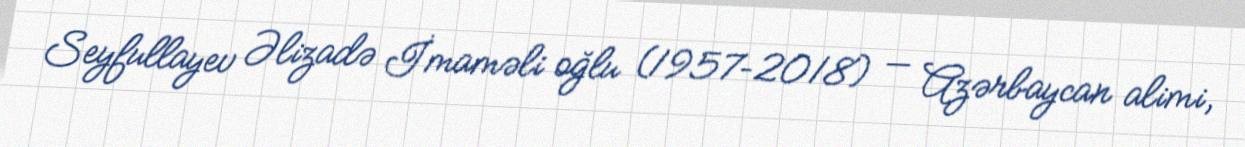
Seyfullayev Əlizadə İmaməli oğlu (1957–2018) — Azərbaycan alimi,